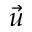
\vec { u }